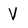
Character: V